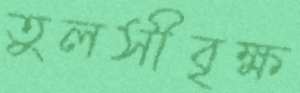
তুলসীবৃক্ষ